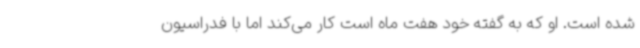
شده است. او که به گفته خود هفت ماه است کار می‌کند اما با فدراسیون